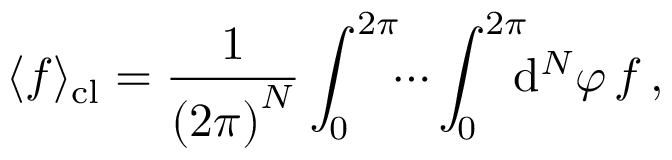
\langle f \rangle _ { \mathrm { c l } } = \frac { 1 } { \left( 2 \pi \right) ^ { N } } \int _ { 0 } ^ { 2 \pi } \! \! \cdots \int _ { 0 } ^ { 2 \pi } \! \! \! \mathrm { d } ^ { N } \varphi \, f \, ,